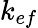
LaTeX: k_{ef}